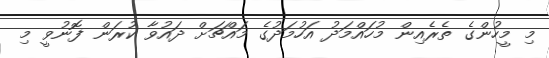
މި މީހުންގެ ތެރެއިން މުހައްމަދު އަހުމަދުގެ މައްޗަށް ދައުވާ ކުރަން ފޮނުވީ މި